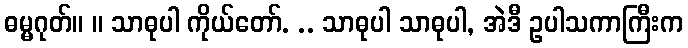
ဓမ္မဂုတ်။ ။ သာဓုပါ ကိုယ်တော်. .. သာဓုပါ သာဓုပါ, အဲဒီ ဥပါသကာကြီးက